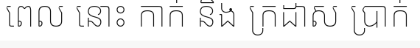
ពេល នោះ កាក់ និង ក្រដាស ប្រាក់